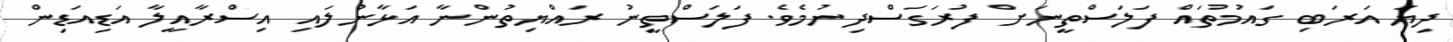
ދިޔަ އަރަބި ގައުމުތައް ފަލަސްތީނަށް ފުރަގަސްދިނުމެވެ. ފަލަސްތީނު ރައްޔިތުންނާ އަޅާނުލައި އިސްރާއީލާ އަޑިއަޑިން